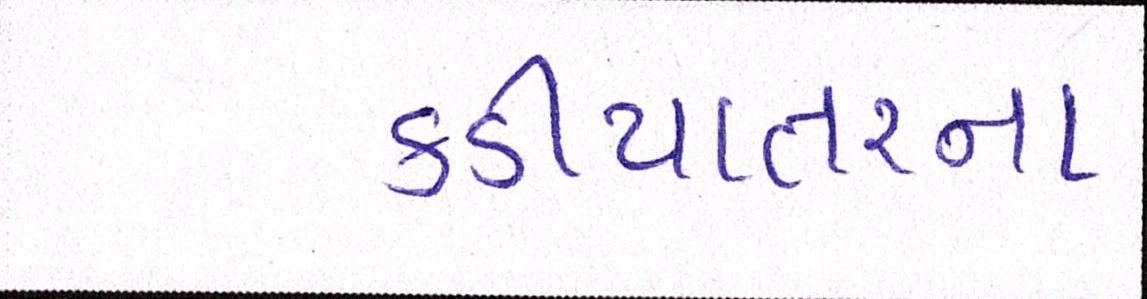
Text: કડીયાતરના